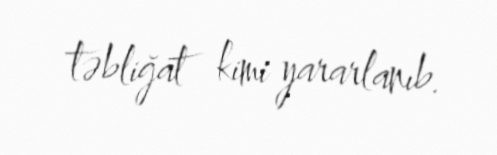
təbliğat kimi yararlanıb.